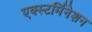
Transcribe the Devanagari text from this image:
एक्स्टर्मिनेशन